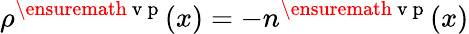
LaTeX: \rho^{\ensuremath{\mathrm{~v~p~}}}(x)=-n^{\ensuremath{\mathrm{~v~p~}}}(x)